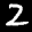
Label: 2